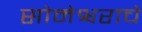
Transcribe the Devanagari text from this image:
सोमेश्वराचे